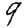
Digit: 9